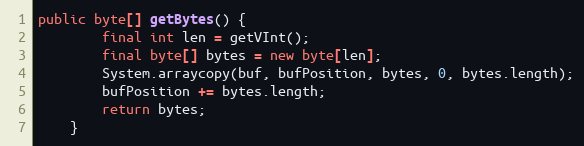
Language: Java
public byte[] getBytes() {
		final int len = getVInt();
		final byte[] bytes = new byte[len];
		System.arraycopy(buf, bufPosition, bytes, 0, bytes.length);
		bufPosition += bytes.length;
		return bytes;
	}